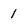
Character: 1